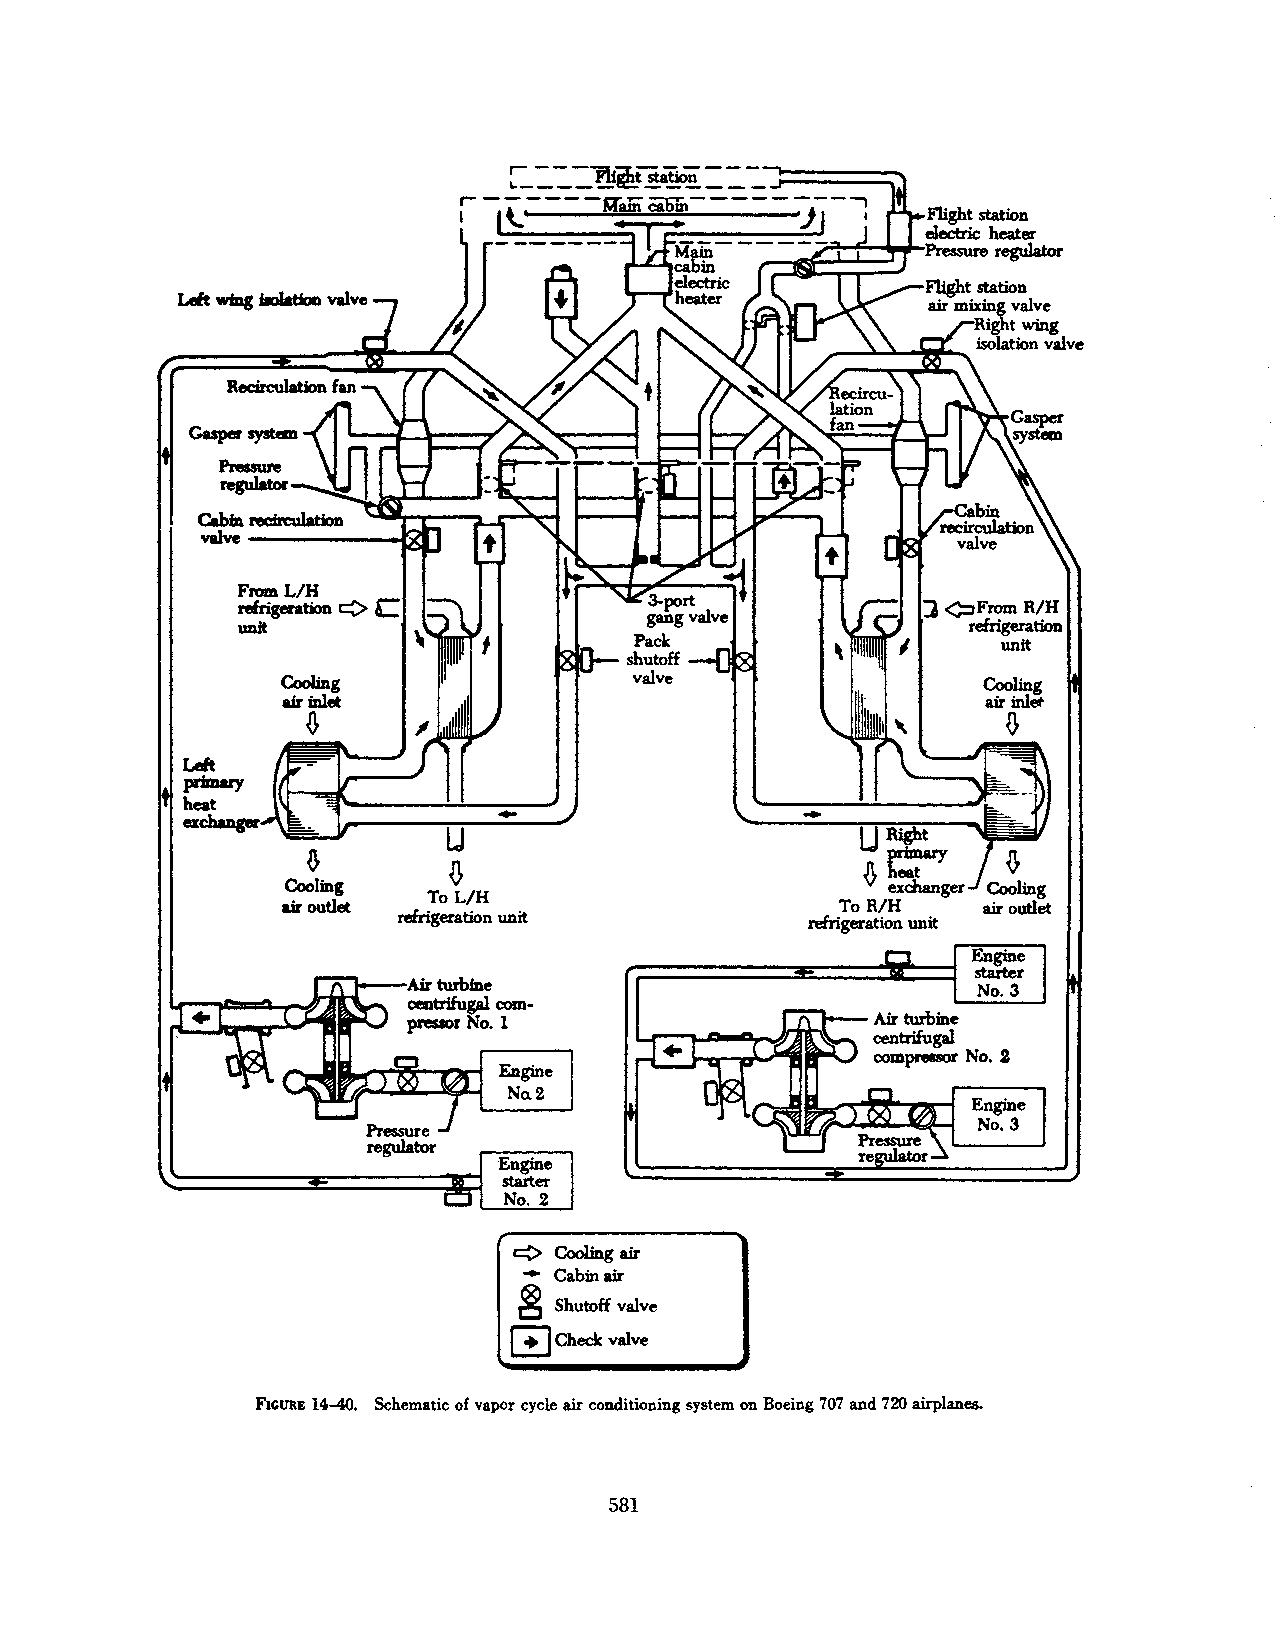
¢FromR/H
 refrigeratioD
 unit
 Left
 priawy
 heat
 ~
 ToL/H
 ToR/H
 refrigeration unit          refrigen.tion unit
 ¢  Cooling air
 - Cabinair
 ~
 ShutoH valve
 0
 Check valve
 FIGURE 14-40. Schematic of vapor cycle air conditioning system on Boeing 707 and 720 airplanes.
 581